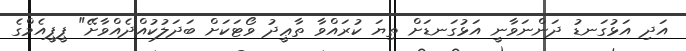
އަދި އަޅުގަނޑު ދަންނަވާނީ އަޅުގަނޑަށް ތިޔަ ކުރައްވާ ތާޢީދު ވޯޓަކަށް ބަދަލުކުއްދެއްވާށޭ" ޕީޕީއެމްގެ